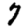
Digit: 7